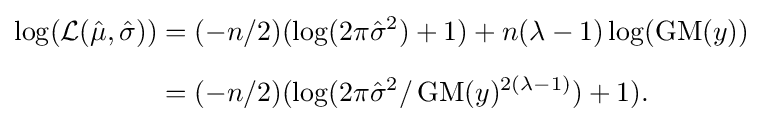
{\begin{aligned}\log({\mathcal {L}}({\hat {\mu }},{\hat {\sigma }}))&=(-n/2)(\log(2\pi {\hat {\sigma }}^{2})+1)+n(\lambda -1)\log(\operatorname {GM} (y))\\[5pt]&=(-n/2)(\log(2\pi {\hat {\sigma }}^{2}/\operatorname {GM} (y)^{2(\lambda -1)})+1).\end{aligned}}